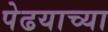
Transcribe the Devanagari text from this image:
पेढयाच्या